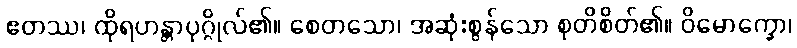
ဧတဿ၊ ထိုရဟန္တာပုဂ္ဂိုလ်၏။ စေတသော၊ အဆုံးစွန်သော စုတိစိတ်၏။ ဝိမောက္ခော၊